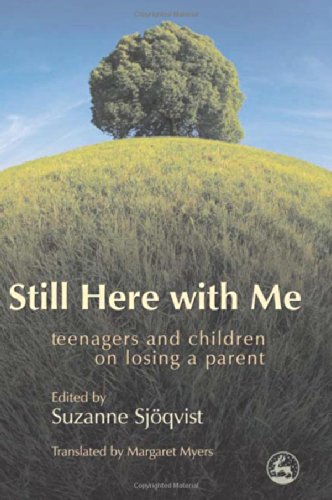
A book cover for Still Here With Me: Teenagers And Children on Losing a Parent; Teen & Young Adult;